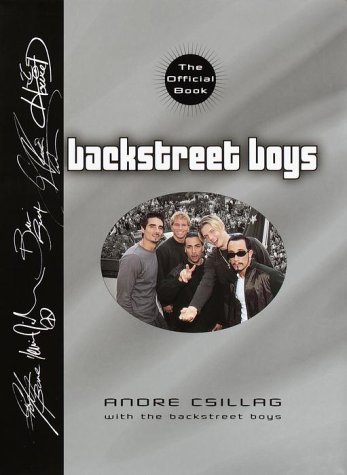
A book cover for Backstreet Boys: The Official Book; Teen & Young Adult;